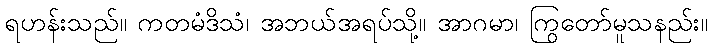
ရဟန်းသည်။ ကတမံဒိသံ၊ အဘယ်အရပ်သို့။ အာဂမာ၊ ကြွတော်မူသနည်း။